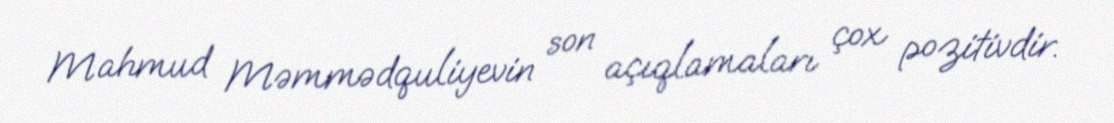
Mahmud Məmmədquliyevin son açıqlamaları çox pozitivdir.